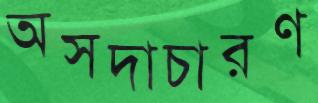
অসদাচারণ